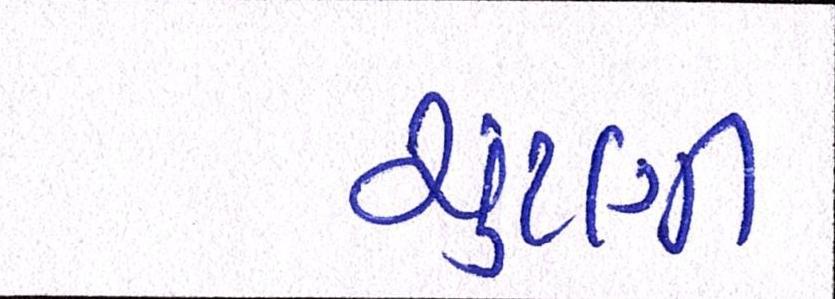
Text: ચુંટણી